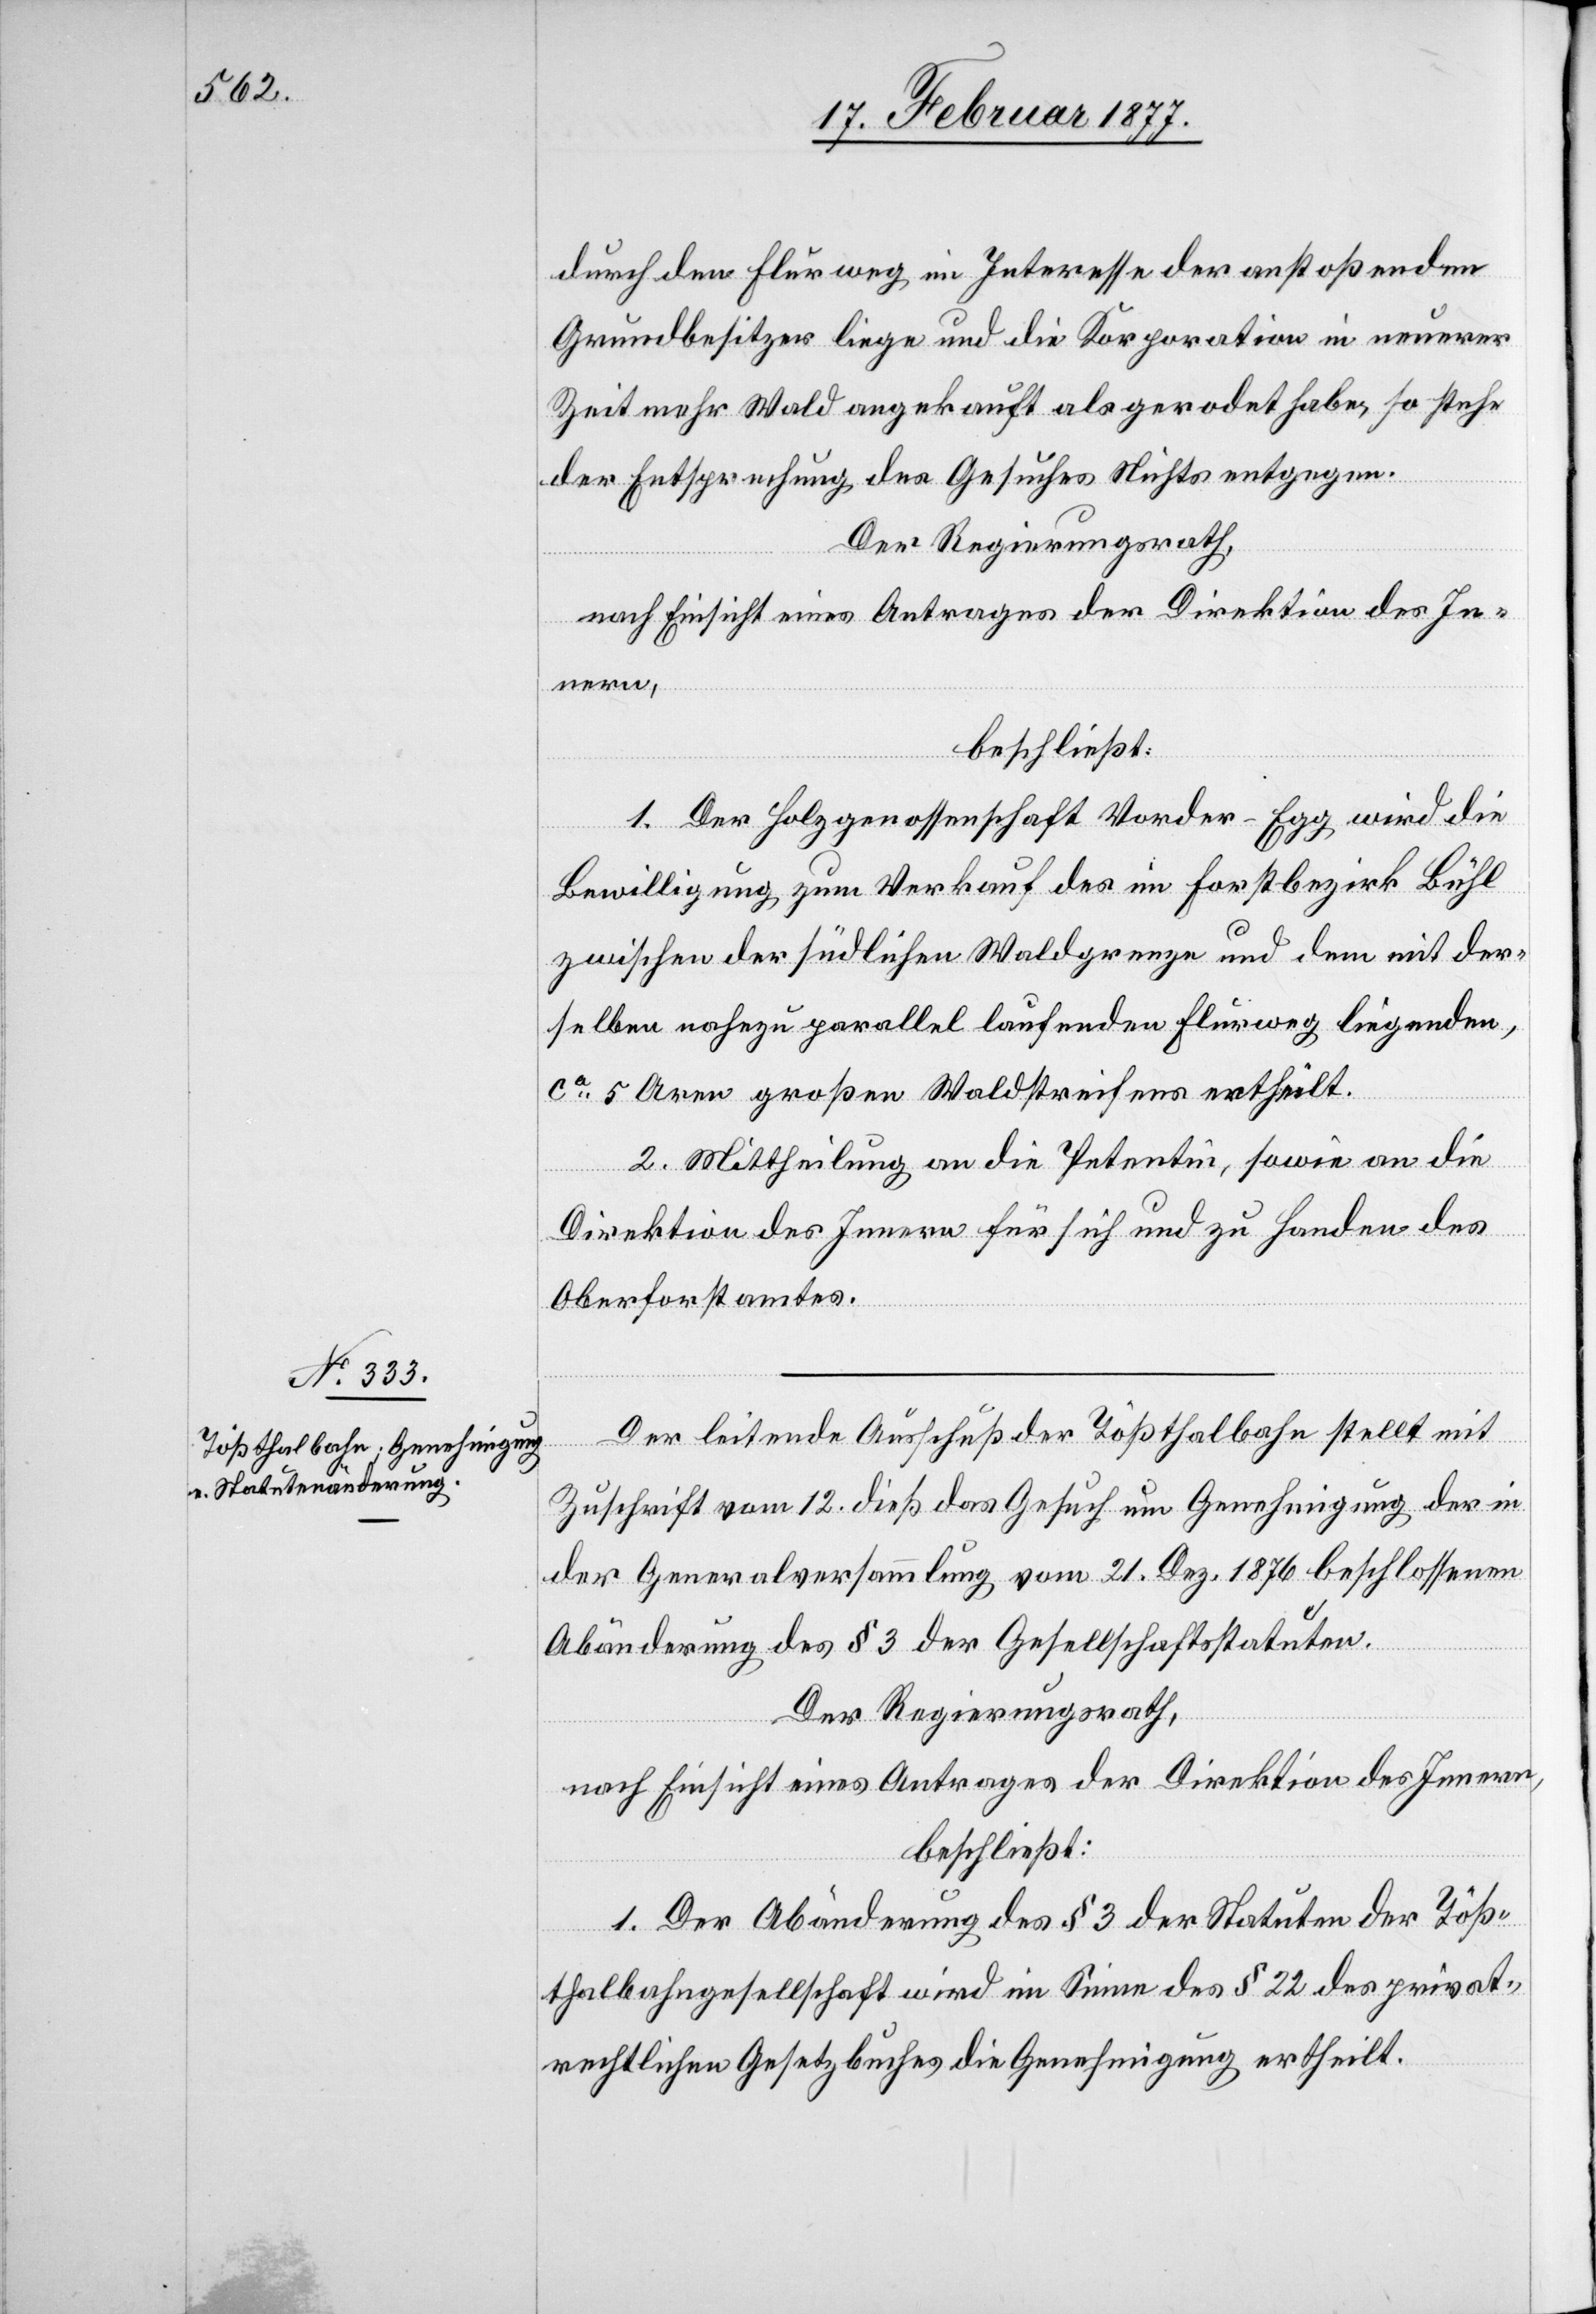
durch den Flurweg im Interesse der anstoßenden
Grundbesitzer liege und die Korporation in neuerer
Zeit mehr Wald angekauft als gerodet habe, so stehe
der Entsprechung des Gesuches Nichts entgegen.
Der Regierungsrath,
nach Einsicht eines Antrages der Direktion des In¬
nern,
beschließt:
1. Der Holzgenossenschaft Vorder-Egg wird die
Bewilligung zum Verkauf des im Forstbezirk Bühl
zwischen der südlichen Waldgrenze und dem mit der¬
selben nahezu parallel laufenden Flurweg liegenden,
ca 5 Aaren großen Waldstreifens ertheilt.
2. Mittheilung an die Petentin, sowie an die
Direktion des Innern für sich und zu Handen des
Oberforstamtes.
Der leitende Ausschuß der Tößthalbahn stellt mit
Zuschrift vom 12. dieß das Gesuch um Genehmigung der in
der Generalversammlung vom 21. Dez. 1876 beschlossenen
Abänderung des § 3 der Gesellschaftsstatuten.
Der Regierungsrath,
nach Einsicht eines Antrages der Direktion des Innern,
beschließt:
1. Der Abänderung des § 3 der Statuten der Töß¬
thalbahngesellschaft wird im Sinne des § 22 des privat¬
rechtlichen Gesetzbuches die Genehmigung ertheilt.